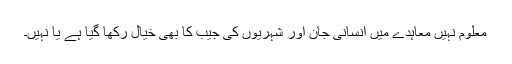
معلوم نہیں معاہدے میں انسانی جان اور شہریوں کی جیب کا بھی خیال رکھا گیا ہے یا نہیں۔